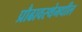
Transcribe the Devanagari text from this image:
प्रौढावस्थेमधील